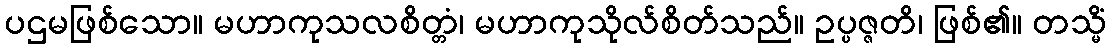
ပဌမဖြစ်သော။ မဟာကုသလစိတ္တံ၊ မဟာကုသိုလ်စိတ်သည်။ ဥပ္ပဇ္ဇတိ၊ ဖြစ်၏။ တသ္မိံ